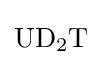
{\mathrm {UD} {\vphantom {A}}_{\smash[{t}]{2}}\mathrm {T} }